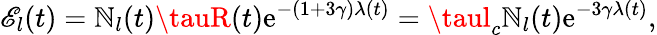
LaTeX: \mathscr{E}_{l}(t)=\mathbb{N}_{l}(t)\tauR(t)\mathrm{{e}}^{-(1+3\gamma)\lambda(t)}=\taul_{c}\mathbb{N}_{l}(t)\mathrm{{e}}^{-3\gamma\lambda(t)},